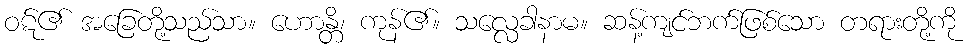
ဝဋ်၏ အခြေတို့သည်သာ။ ဟောန္တိ၊ ကုန်၏။ သလ္လေခါနာမ။ ဆန့်ကျင်ဘက်ဖြစ်သော တရားတို့ကို